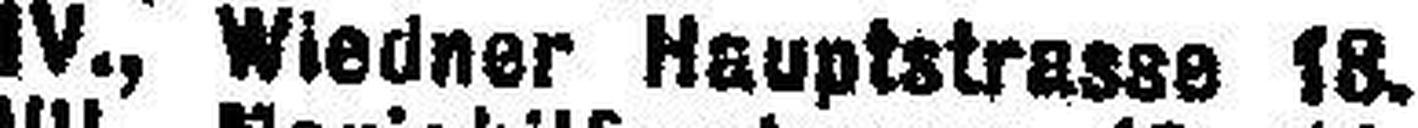
IV., Wiedner Hauptstrasse 18.